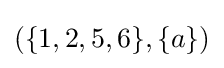
{\textstyle (\lbrace 1,2,5,6\rbrace ,\lbrace a\rbrace )}